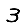
Digit: 3